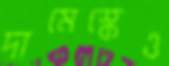
দামেস্কেও